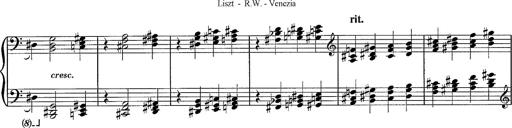
Title: R.W. - Venezia
Composer: Franz Liszt